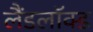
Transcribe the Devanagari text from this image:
लैंडलॉक्ड